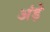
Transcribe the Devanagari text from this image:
अंड़े